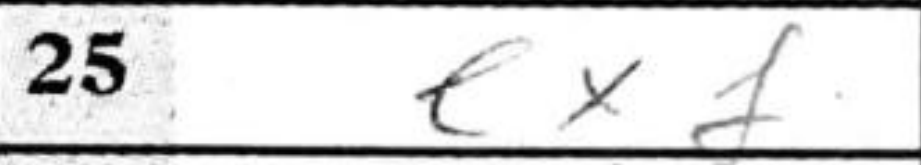
Transcription: exf